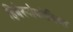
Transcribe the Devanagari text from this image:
हिबेरनोफोबिया